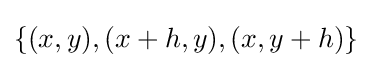
\{(x,y),(x+h,y),(x,y+h)\}